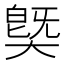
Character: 𱘻